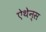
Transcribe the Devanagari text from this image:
ऐथेन्स